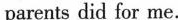
parents did for me.